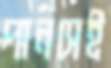
পানসেই